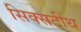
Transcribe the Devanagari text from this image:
सिक्सटींथ